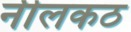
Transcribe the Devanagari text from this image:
नीलकठ